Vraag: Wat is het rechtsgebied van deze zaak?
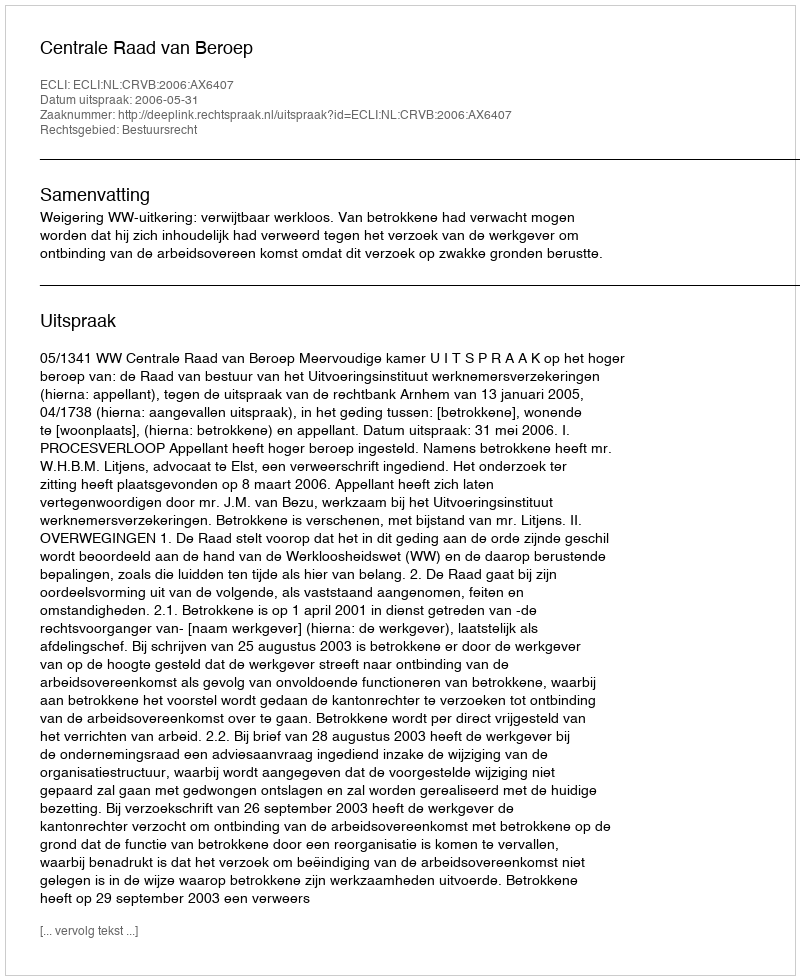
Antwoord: Bestuursrecht